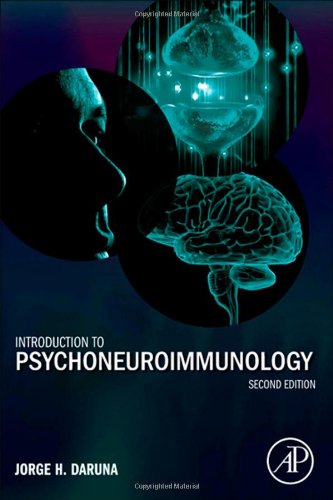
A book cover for Introduction to Psychoneuroimmunology, Second Edition; Jorge H. Daruna; Medical Books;